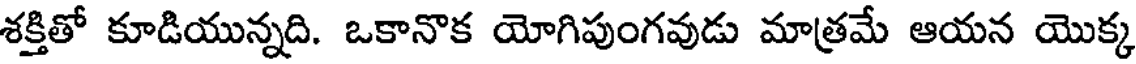
శక్తితో కూడియున్నది. ఒకానొక యోగిపుంగవుడు మాత్రమే ఆయన యొక్క